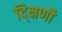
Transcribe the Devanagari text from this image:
द्क्षिणी